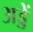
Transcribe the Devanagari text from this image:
अड्डें